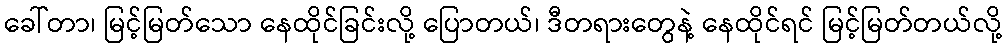
ခေါ်တာ၊ မြင့်မြတ်သော နေထိုင်ခြင်းလို့ ပြောတယ်၊ ဒီတရားတွေနဲ့ နေထိုင်ရင် မြင့်မြတ်တယ်လို့